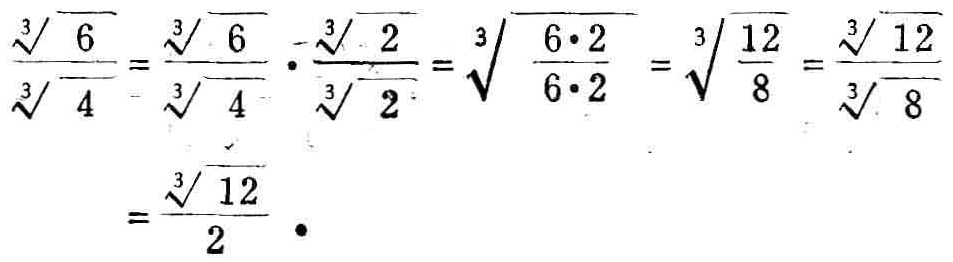
\[\frac{\sqrt[3]{6}}{\sqrt[3]{4}}=\frac{\sqrt[3]{6}}{\sqrt[3]{4}}\cdot\frac{\sqrt[3]{2}}{\sqrt[3]{2}}=\sqrt[3]{\frac{6\cdot2}{6\cdot2}}=\sqrt[3]{\frac{12}{8}}=\frac{\sqrt[3]{12}}{\sqrt[3]{8}}=\frac{\sqrt[3]{12}}{2}\]